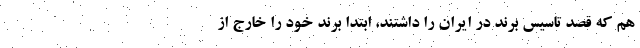
هم که قصد تاسیس برند در ایران را داشتند، ابتدا برند خود را خارج از